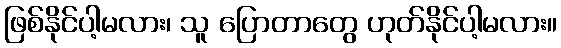
ဖြစ်နိုင်ပါ့မလား၊ သူ ပြောတာတွေ ဟုတ်နိုင်ပါ့မလား။